Annual statistical returns and brief notes on vaccination in Bengal - 1909-1929
Year: 1909
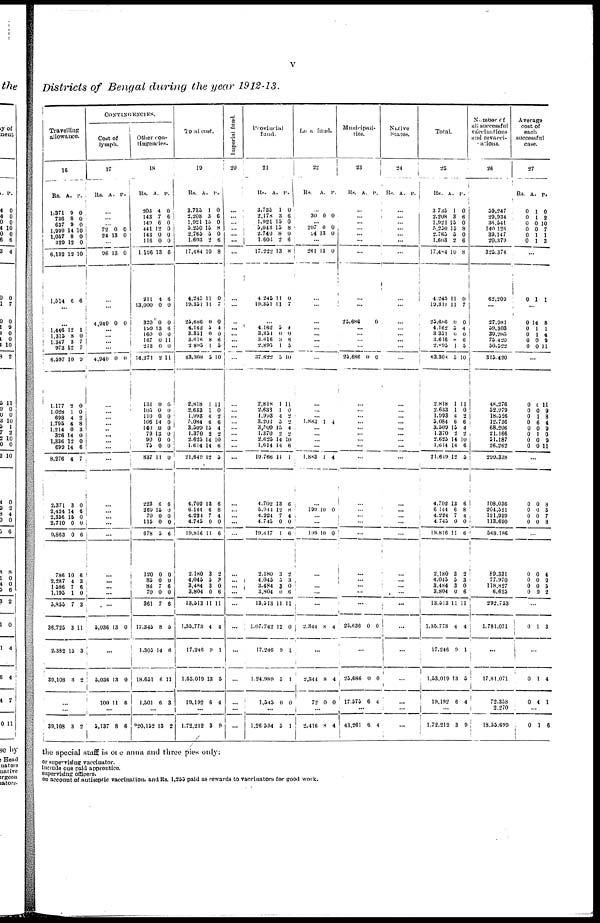
v
Districts of Bengal during the year 1912-13.
Travelling
allowance.
16
Rs.
1,37l
738
637
1,999
1,057
329
6,132
1,514
A.
9
8
9
14
8
12
12
6
P.
0
0
0
10
0
0
10
6
...
...
1,446
1,315
1,347
973
6,597
1,177
1,028
698
1,795
1,214
326
1,336
699
8,276
2,371
2,424
2,356
2,710
9,863
786
2,287
1,586
1,195
5,855
36,725
2,382
39,108
12
8 3
12
10
2
1
4
4
0
14
12
14
4
3
14
15
0
0
10
4
7
1
7
3
15
3
1
0
7
7
9
0
0
2
8
3
0
0
6
7
0
6
0
0
6
6
3
6
0
3
11
3
2
...
...
39,108
3 2
CONTINGENCIES.
Cost of
lymph.
17
Rs.
A.
P.
...
...
...
72
24
0
13
0
0
...
96 13 0
...
...
4,940 0 0
...
...
...
...
4,940 0 0
...
...
...
...
...
...
...
...
...
...
...
...
...
...
...
...
...
...
...
5,036 13 0
...
5,036
100
13
11
0
6
...
5,137 8 6
Other con-
tingencies.
18
Rs.
203
143
149
441
143
116
1,196
211
13,000
320
199
160
167
213
14,271
134
105
110
106
140
79
90
75
837
223
269
70
115
678
120
85
86
70
361
17,345
1,305
18,651
1,501
A.
4
7
6
12
0
0
13
4
0
0
13
0
0
0
2
0
0
0
14
0
13
0
0
11
6
15
0
0
5
0
0
7
0
7
8
14
6
6
P.
0
6
0
0
0
0
6
6
0
0
6
0
11
0
11
0
0
0
0
0
0
0
0
0
6
0
0
0
6
0
0
6
0
6
5
6
11
3
...
*30,152 13 2
Totat cost.
19
Rs.
3,735
2,208
1,921
5,250
2,765
1,603
17,484
4,245
19,354
25,686
4,162
3,351
3,616
2,893
63,308
2,418
2,633
1,998
5,084
3,509
1,370
2,625
1,614
21,649
4,702
6,144
4,224
4,745
19,816
2,180
4,045
3,484
3,804
13,513
1,35,773
17,246
1,53,019
19,192
A.
1
3
15
15
5
2
10
11
11
0
5
0
8
1
5
1
1
4
6
13
2
14
14
12
13
6
7
0
11
3
5
3
0
11
4
9
13
6
P.
0
6
0
8
0
6
8
0
7
0
4
0
6
5
10
11
0
2
6
4
2
10
6
5
6
8
4
0
6
2
3
0
6
11
4
1
5
4
...
1,72,212 3 9
Imperial fund.
20
...
...
...
...
...
...
...
...
...
...
...
...
...
...
...
...
...
...
...
...
...
...
...
...
...
...
...
...
...
...
...
...
...
...
...
...
...
...
...
...
Provincial
fund.
21
Rs.
3,735
2,178
1,921
5,043
2,740
1,600
17,222
4,245
19,351
A.
1
3
13
15
8
2
13
11
11
P.
0
6
0
8
0
6
8
0
7
...
4,162
3,351
3,616
2,895
37,622
2,818
2,633
1,993
3,201
3,509
1,370
2,625
1,014
19,766
4,702
5,944
4,224
4,745
19,617
2,180
4,045
3,484
3,804
13,513
1,07,742
17,246
1,24,989
1,543
5
0
3
1
0
1
1
4
5
15
2
14
14
11
13
12
7
0
1
3
5 3
0
11
12
9
5
0
4
0
6
5
10
11
0
2 2
4
2
10
6
1
6
8
4
0
6
2
3
0 6
11
0
1
1
0
...
1,26,534 5
1
Local fund.
22
Rs.
A. P.
...
30 0 0
...
207
24
0
13
0
0
...
261 13 0
...
...
...
...
...
...
...
...
...
...
...
1,883
1 4
...
...
...
...
1,883
1 4
...
199 10 0
...
...
199 10 0
...
...
...
...
...
2,344 8 4
...
2,344
72
8
0
4
0
...
3,416 8 4
Municipali-
ties.
23
Rs. A. P.
...
...
...
...
...
...
...
...
...
23,686
0
...
...
...
...
23,686 0 0
...
...
...
...
...
...
...
...
...
...
...
...
...
...
...
...
...
...
...
25,636 0 0
...
23,686
17,575
0
6
0
4
...
43,361 6 4
Native
States.
24
Rs. A. P.
...
...
...
...
...
...
...
...
...
...
...
...
...
...
...
...
...
...
...
...
...
...
...
...
...
...
...
...
...
...
...
...
...
...
...
...
...
...
...
...
Total.
25
Rs.
3,735
2,208
1,921
5,250
2,765
1,603
17,484
4,245
19,311
23,686
4,162
3,331
3,616
2,895
63,308
2,818
2,633
1,993
5,084
3,509
1,370
2,625
1,614
21,649
4,702
6,144
4,224
4,745
19,816
2,180
4,045
3,484
3,804
13,513
1,35,773
17,246
1,53,019
19,192
A.
1
3
15
15
5
2
10
11
11
0
3
0
8
1
5
1
1
4
6
15
2
14
14
12
13
6
7
0
11
3
5
3
0
11
4
9
13
6
P.
0
6
0
8
0
6
8
0
7
0
4
0
6
5
10
11
0
2
6
4
2
10
6
5
6
8
4
0
6
2
3
0
6
11
4
1
5
4
...
1,72,212 3 9
Number of
all successful
vaccinations
and revacci-
nations.
26
59,247
29,934
36,541
140,126
39,147
20,379
325,374
62,209
...
27,981
59,303
39,985
75,420
50,522
315,420
48,276
52,979
18,526
12,736
68,206
21,166
51,187
26,262
299,338
108,036
304,321
121,939
113,690
548,186
89,331
77,970
118,827
6,625
293,753
1,781,071
...
17,81,071
73,358
3,270
18,55,699
Average
cost of
each
successful
case.
27
Rs.
0
0
0
0
0
0
A.
1
1
0
0
1
1
P.
0
2
10
7
1
3
...
0 1 1
...
0
0
0
0
0
14
1
1
0
0
8
1
4
9
11
...
0
0
0
0
0
0
0
0
0
0
1
6
0
1
0
0
11
9
8
4
9
0
9
11
...
0
0
0
0
0
0
0
0
8
5
7
8
...
0
0
0
0
0
0
0
9
4
9
5
2
...
0
1 3
...
0
0
1
4
4
1
...
0
1 6
the special staff is one anna and three pies only:
or supervising vaccinator.
include one paid apprentice.
supervising officers.
on account of autisepric vaccination, and Rs. 1,255 paid as rewards to vaccinators for good work.